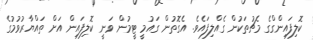
ކޮލިފައިންގްގެ މެޗުތަކުން ގެއްލިފައެވެ. އެގޮތުން ގައުމީ ޓީމުން ވަނީ ކޮލިފައިން އަށް ތައްޔާރުވުމުގެ